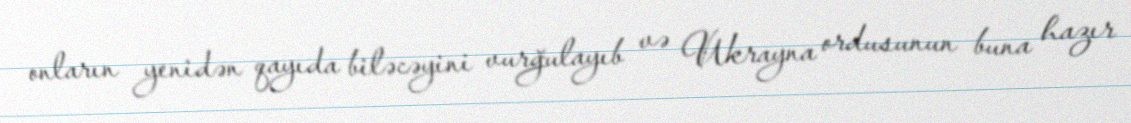
onların yenidən qayıda biləcəyini vurğulayıb və Ukrayna ordusunun buna hazır